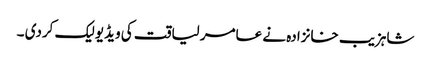
شاہزیب خانزادہ نے عامر لیاقت کی ویڈیو لیک کردی ۔